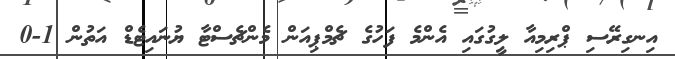
އިނގިރޭސި ޕްރިމިއާ ލީގުގައި އެންމެ ފަހުގެ ޗެމްޕިއަން މެންޗެސްޓާ ޔުނައިޓެޑް އަތުން 1-0